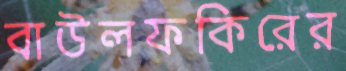
বাউলফকিরের